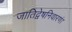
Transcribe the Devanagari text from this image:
जातिद्वेषनिवारणं।